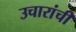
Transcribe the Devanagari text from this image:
उचारांची